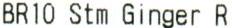
BR10 STM GINGER R